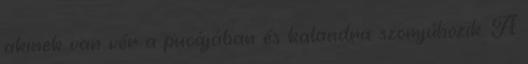
akinek van vér a pucájában és kalandra szomjúhozik. A